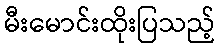
မီးမောင်းထိုးပြသည့်